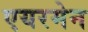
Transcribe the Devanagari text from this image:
एयरमेन